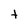
Character: t